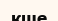
кше